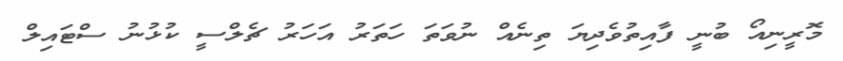
މޮރީނިއޯ ބުނީ ފާއިތުވެދިޔަ ތިނެއް ނުވަތަ ހަތަރު އަހަރު ޗެލްސީ ކުޅުނު ސްޓައިލް